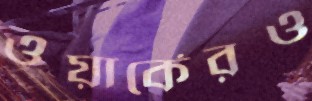
ওয়ার্কেরও